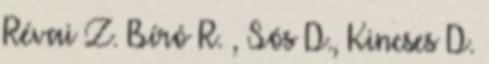
Révai Z. Bíró R. , Sós D., Kincses D.